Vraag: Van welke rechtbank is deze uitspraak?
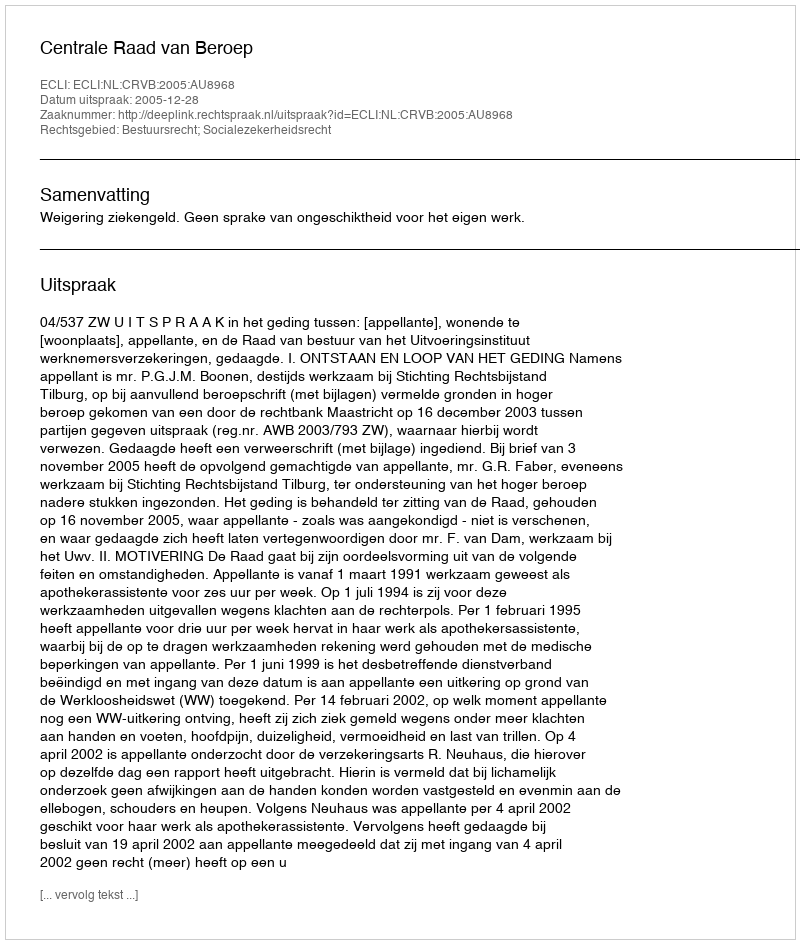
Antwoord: Centrale Raad van Beroep